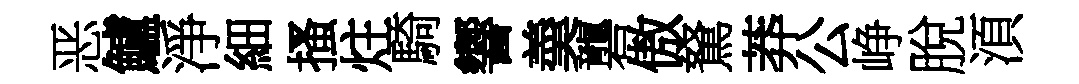
恶鱸淨細搔炷騎響羮礱傲駑莽公峥脫湏